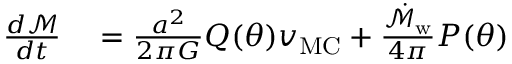
\begin{array} { r l } { \frac { d \mathcal { M } } { d t } } & { { } = \frac { a ^ { 2 } } { 2 \pi G } Q ( \theta ) v _ { \mathrm { M C } } + \frac { \dot { \mathcal { M } } _ { \mathrm { w } } } { 4 \pi } P ( \theta ) } \end{array}